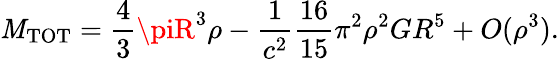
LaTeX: \mathit{M}_{\mathrm{{TOT}}}=\frac{{4}}{{3}}\piR^{3}\rho-\frac{{1}}{{c^{2}}}\frac{{16}}{{15}}\pi^{2}\rho^{2}GR^{5}+O(\rho^{3}).